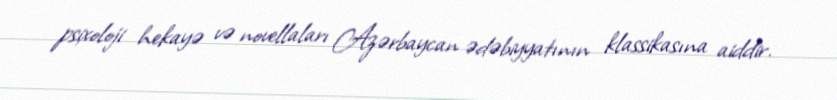
psixoloji hekayə və novellaları Azərbaycan ədəbiyyatının klassikasına aiddir.